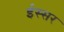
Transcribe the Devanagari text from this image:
ईस्सर